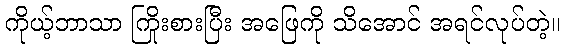
ကိုယ့်ဘာသာ ကြိုးစားပြီး အဖြေကို သိအောင် အရင်လုပ်တဲ့။